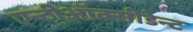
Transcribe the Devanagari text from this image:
एन्टीऑक्सीडेन्ट